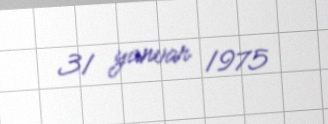
31 yanvar 1975